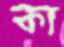
ক্য